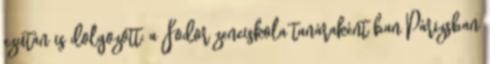
ezután is dolgozott: a Fodor zeneiskola tanáraként ban Párizsban